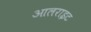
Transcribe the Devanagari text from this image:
आलराइट